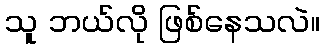
သူ ဘယ်လို ဖြစ်နေသလဲ။